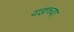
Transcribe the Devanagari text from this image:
यज्ञच्या